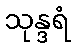
သုန္ဒရံ